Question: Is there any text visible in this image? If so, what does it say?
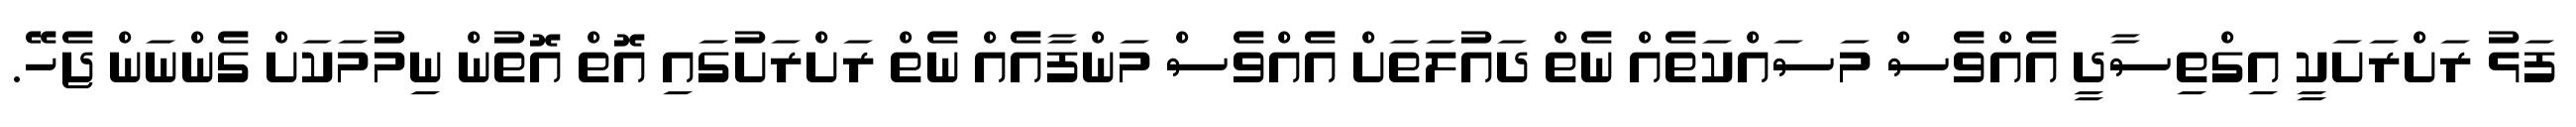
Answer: ފަޅު ރަށްރަށަކީ އިގްތިސާދީ އެއްވެސް މަސައްކަތެއް ނެތް ދައުލަތަށް އެއްވެސް މަންފާއެއް ނެތް ރަށްރަށުގައި އޮތް އޮތުން ނިމުމަކަށް ގެންނަން ޖެހޭ.